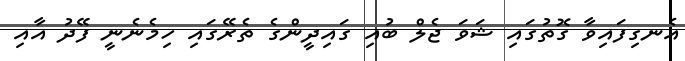
އެނގިފައިވާ ގޮތުގައި ޝަވަ ޖެލް ބުއި ގައިދީންގެ ތެރޭގައި ހިމެނެނީ ފޭދު އާއި